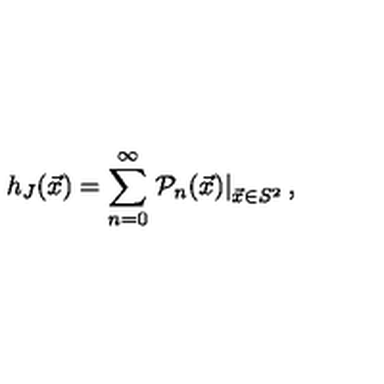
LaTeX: h _ { J } ( \vec { x } ) = \sum _ { n = 0 } ^ { \infty } \left. { \mathcal { P } } _ { n } ( \vec { x } ) \right| _ { \vec { x } \in S ^ { 2 } } ,